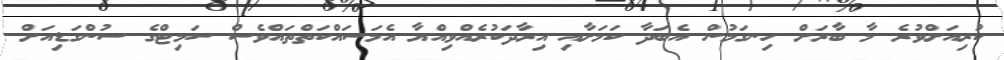
ކުރިއަށްވުރެ މާ ބާރަށް ހިނގަމުން އެބަދާ ކަމަށާއި އިރާދަކުރެއްވިއްޔާ އެމަސައްކަތްތައްވެސް ސަމިޓްގެ ސުންގަޑިއަށް